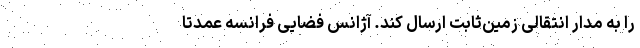
را به مدار انتقالی زمین‌ثابت ارسال کند. آژانس فضایی فرانسه عمدتاً